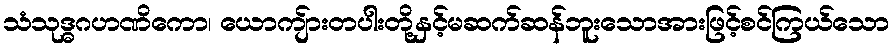
သံသုဒ္ဓဂဟဏိကော၊ ယောကျ်ားတပါးတို့နှင့်မဆက်ဆန်ဘူးသောအားဖြင့်စင်ကြယ်သော